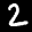
Label: 2